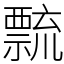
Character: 𥜆